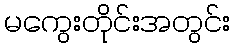
မကွေးတိုင်းအတွင်း